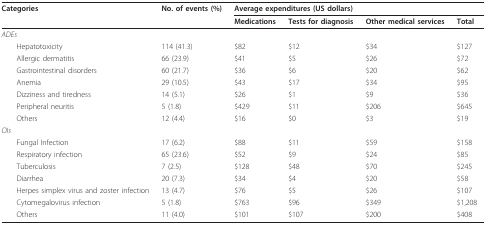
| Categories | No. of events (%) | <COLSPAN=4> Average expenditures (US dollars) |
 |  |  | Medications | Tests for diagnosis | Other medical services | Total |
 | --- | --- | --- | --- | --- | --- |
 | <COLSPAN=6> ADEs |
 | Hepatotoxicity | 114 (41.3) | $82 | $12 | $34 | $127 |
 | Allergic dermatitis | 66 (23.9) | $41 | $5 | $26 | $72 |
 | Gastrointestinal disorders | 60 (21.7) | $36 | $6 | $20 | $62 |
 | Anemia | 29 (10.5) | $43 | $17 | $34 | $95 |
 | Dizziness and tiredness | 14 (5.1) | $26 | $1 | $9 | $36 |
 | Peripheral neuritis | 5 (1.8) | $429 | $11 | $206 | $645 |
 | Others | 12 (4.4) | $16 | $0 | $3 | $19 |
 | <COLSPAN=6> OIs |
 | Fungal Infection | 17 (6.2) | $88 | $11 | $59 | $158 |
 | Respiratory infection | 65 (23.6) | $52 | $9 | $24 | $85 |
 | Tuberculosis | 7 (2.5) | $128 | $48 | $70 | $245 |
 | Diarrhea | 20 (7.3) | $34 | $4 | $20 | $58 |
 | Herpes simplex virus and zoster infection | 13 (4.7) | $76 | $5 | $26 | $107 |
 | Cytomegalovirus infection | 5 (1.8) | $763 | $96 | $349 | $1,208 |
 | Others | 11 (4.0) | $101 | $107 | $200 | $408 |